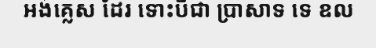
អង់គ្លេស ដែរ ទោះបីជា ប្រាសាទ ទេ ឧល